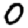
Digit: 0